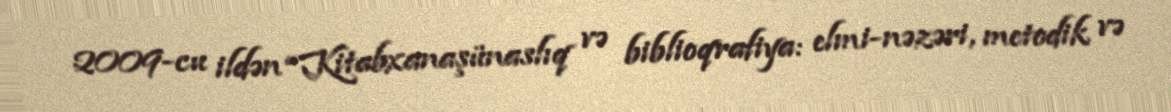
2009-cu ildən “Kitabxanaşünaslıq və biblioqrafiya: elmi-nəzəri, metodik və